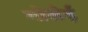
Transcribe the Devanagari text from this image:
गोसेई